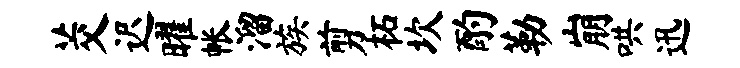
茭迟曜帐溜族剪柘坎酌勒崩哄迅